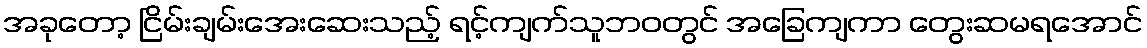
အခုတော့ ငြိမ်းချမ်းအေးဆေးသည့် ရင့်ကျက်သူဘဝတွင် အခြေကျကာ တွေးဆမရအောင်